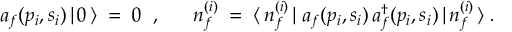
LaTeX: a _ { f } ( p _ { i } , s _ { i } ) \, | \, 0 \, \rangle \; = \; 0 \; \; , \; \; \; \; \; \; n _ { f } ^ { ( i ) } \; = \; \langle \, n _ { f } ^ { ( i ) } \, | \; a _ { f } ( p _ { i } , s _ { i } ) \, a _ { f } ^ { \dagger } ( p _ { i } , s _ { i } ) \, | \, n _ { f } ^ { ( i ) } \, \rangle \; .